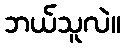
ဘယ်သူလဲ။